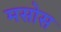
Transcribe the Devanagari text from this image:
मसोस